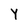
Character: Y